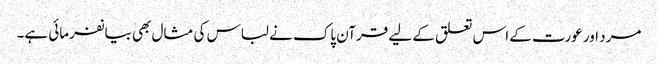
مرد اور عورت کے اس تعلق کے لیے قرآن پاک نے لباس کی مثال بھی بیانفرمائی ہے۔